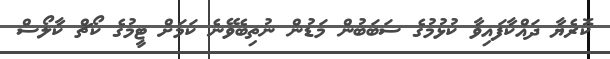
ކޮރެޔާ ދައްކާފައިވާ ކުޅުމުގެ ސަބަބުން މަޑުން ނުތިބެވޭނެ ކަމަށް ޓީމުގެ ކޯޗް ކާލޯސް